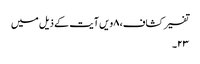
تفسیر کشاف، ۸ویں آیت کے ذیل میں
۲۳۔